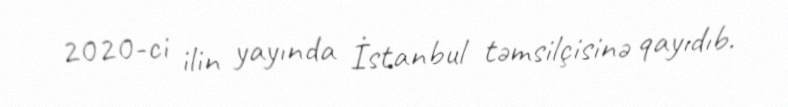
2020-ci ilin yayında İstanbul təmsilçisinə qayıdıb.